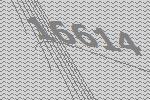
16614